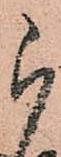
被